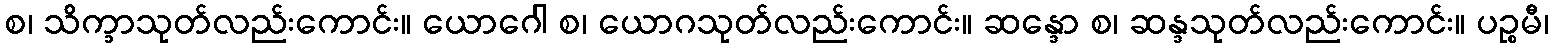
စ၊ သိက္ခာသုတ်လည်းကောင်း။ ယောဂေါ စ၊ ယောဂသုတ်လည်းကောင်း။ ဆန္ဒော စ၊ ဆန္ဒသုတ်လည်းကောင်း။ ပဉ္စမီ၊